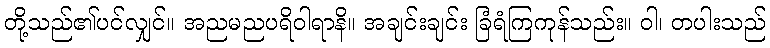
တို့သည်၏ပင်လျှင်။ အညမညပရိဝါရာနိ။ အချင်းချင်း ခြံရံကြကုန်သည်း။ ဝါ၊ တပါးသည်